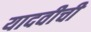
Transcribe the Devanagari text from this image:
यादवीची